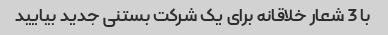
با 3 شعار خلاقانه برای یک شرکت بستنی جدید بیایید